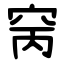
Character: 窉